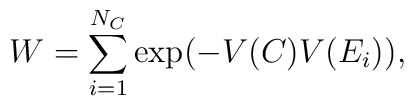
W = \sum _{i=1}^{N_C} \hbox{exp} (- V(C)V(E_i)),